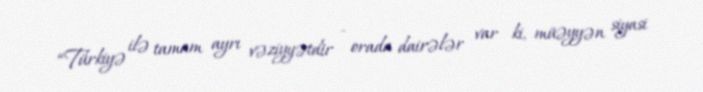
“Türkiyə ilə tamam ayrı vəziyyətdir - orada dairələr var ki, müəyyən siyasi